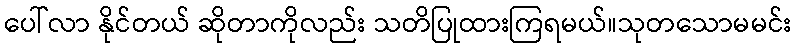
ပေါ်လာ နိုင်တယ် ဆိုတာကိုလည်း သတိပြုထားကြရမယ်။သုတသောမမင်း